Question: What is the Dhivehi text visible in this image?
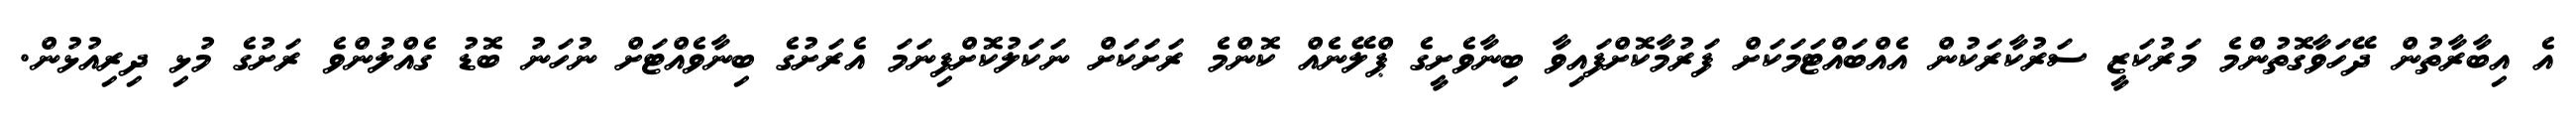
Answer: އެ އިބާރާތުން ދޭހަވާގޮތުންމެ މަރުކަޒީ ސަރުކާރަކުން އެއްބައްޓަމަކަށް ފަރުމާކޮށްފައިވާ ބިނާވެށީގެ ޕްލޭނެއް ކޮންމެ ރަށަކަށް ނަކަލުކޮށްފިނަމަ އެރަށުގެ ބިނާވެއްޓަށް ނުހަނު ބޮޑު ގެއްލުންވެ ރަށުގެ މުޅި ދިރިއުޅުން.